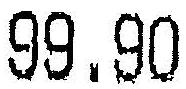
99.90